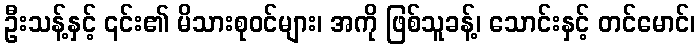
ဦးသန့်နှင့် ၎င်း၏ မိသားစုဝင်များ၊ အကို ဖြစ်သူခန့်၊ သောင်းနှင့် တင်မောင်၊